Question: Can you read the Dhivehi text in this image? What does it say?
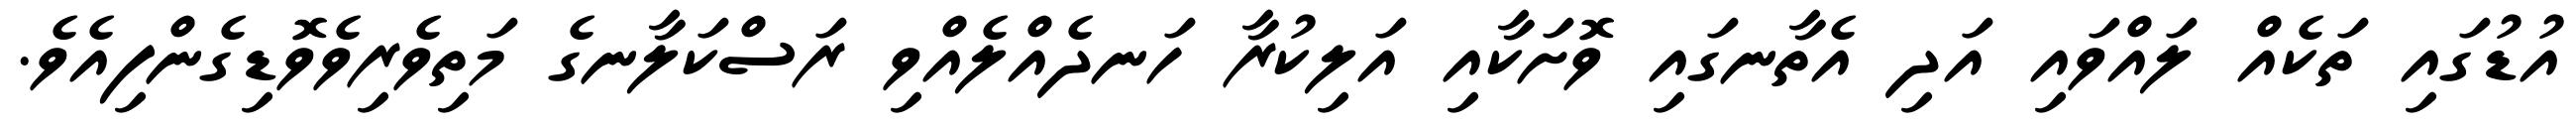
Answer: އުޑުގައި ތަކެއް ލައްވައި އަދި އެތާނގައި ވޮށަކާއި އަލިކުރާ ހަނދެއްލެއްވި ރަސްކަލާނގެ މަތިވެރިވެވޮޑިގެންފިއެވެ.